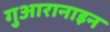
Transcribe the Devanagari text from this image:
गुआरानाइन